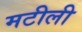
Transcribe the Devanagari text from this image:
मटीली